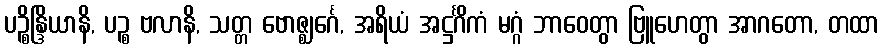
ပဉ္စိန္ဒြိယာနိ, ပဉ္စ ဗလာနိ, သတ္တ ဗောဇ္ဈင်္ဂေ, အရိယံ အဋ္ဌင်္ဂိကံ မဂ္ဂံ ဘာဝေတွာ ဗြူဟေတွာ အာဂတော, တထာ